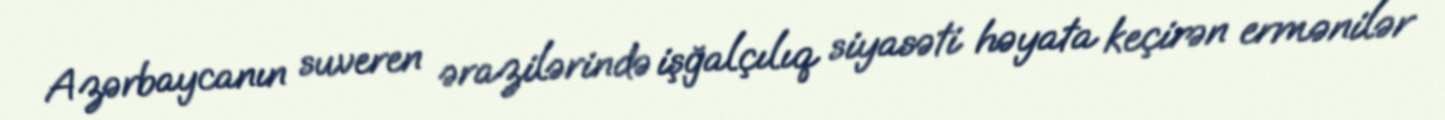
Azərbaycanın suveren ərazilərində işğalçılıq siyasəti həyata keçirən ermənilər